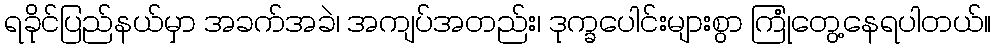
ရခိုင်ပြည်နယ်မှာ အခက်အခဲ၊ အကျပ်အတည်း၊ ဒုက္ခပေါင်းများစွာ ကြုံတွေ့နေရပါတယ်။